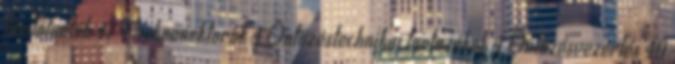
tömlőtartók 47 Vízkonnektorok 4 Öntözéstechnikai tartozékok 4 Öntözésvezérlés 40